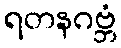
ရတနဂဗ္ဘံ